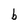
Character: b